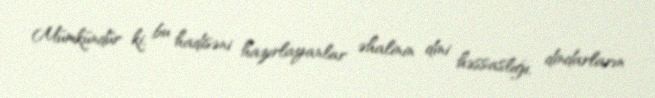
Mümkündür ki, bu hadisəni hazırlayanlar əhalinin dini həssaslığı, dindarların